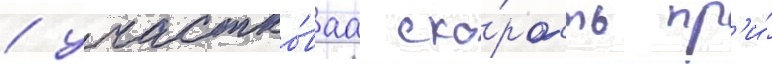
/ участко́ваа ско́рость пр'и́